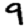
Digit: 9